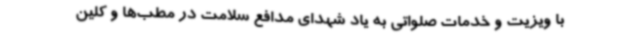
با ویزیت و خدمات صلواتی به یاد شهدای مدافع سلامت در مطب‌ها و کلین